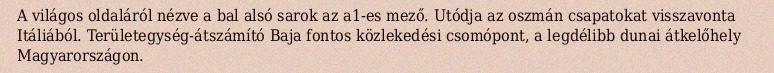
A világos oldaláról nézve a bal alsó sarok az a1-es mező. Utódja az oszmán csapatokat visszavonta Itáliából. Területegység-átszámító Baja fontos közlekedési csomópont, a legdélibb dunai átkelőhely Magyarországon.